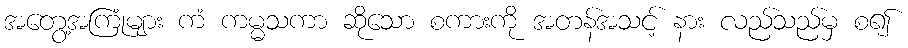
အတွေ့အကြုံများ ကံ ကမ္မသကာ ဆိုသော စကားကို အတန်အသင့် နား လည်သည်မှ စ၍